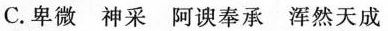
C.卑微 神采 阿谀奉承 浑然天成